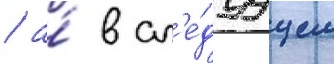
/ а́ в сл'е́дуущем